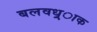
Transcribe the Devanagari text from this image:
बलवध्र्ाक